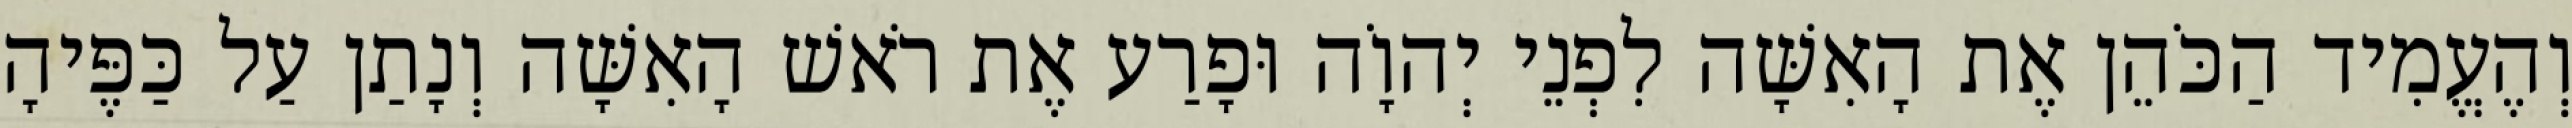
וְהֶעֱמִיד הַכֹּהֵן אֶת הָאִשָּׁה לִפְנֵי יְהוָֹה וּפָרַע אֶת רֹאשׁ הָאִשָּׁה וְנָתַן עַל כַּפֶּיהָ